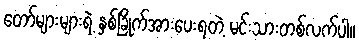
တော်များများရဲ့ နှစ်ခြိုက်အားပေးရတဲ့ မင်းသားတစ်လက်ပါ။